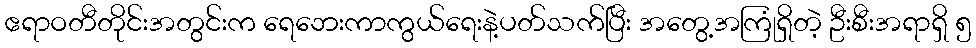
ဧရာဝတီတိုင်းအတွင်းက ရေဘေးကာကွယ်ရေးနဲ့ပတ်သက်ပြီး အတွေ့အကြုံရှိတဲ့ ဦးစီးအရာရှိ ၅